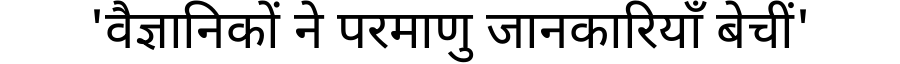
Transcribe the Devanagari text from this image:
'वैज्ञानिकों ने परमाणु जानकारियाँ बेचीं'